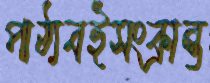
পাঠ্যবইসংক্রান্ত